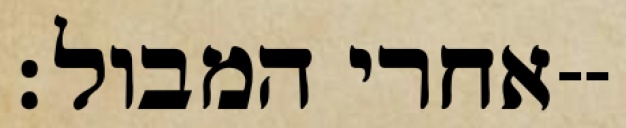
אחרי המבול׃--